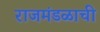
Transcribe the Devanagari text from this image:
राजमंडळाची